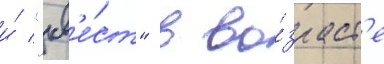
и́ "кв'е́ст" в во́зраст'е